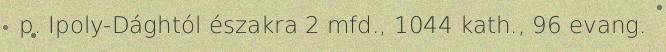
p. Ipoly-Dághtól északra 2 mfd., 1044 kath., 96 evang.